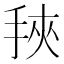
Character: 𰓰